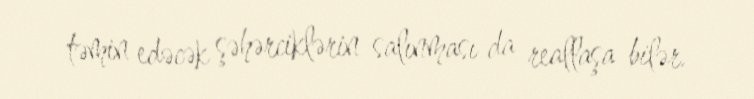
təmin edəcək şəhərciklərin salınması da reallaşa bilər.